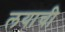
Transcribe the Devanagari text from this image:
लयाची